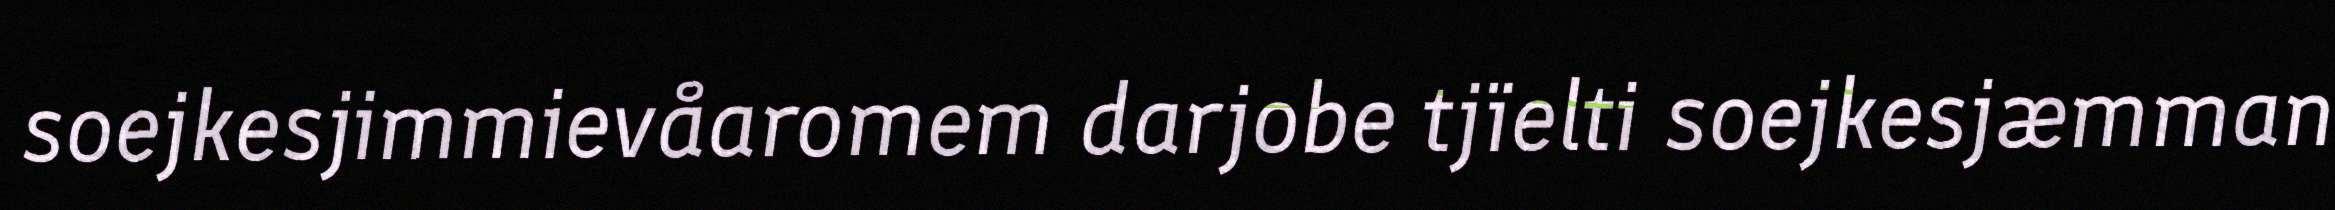
soejkesjimmievåaromem darjobe tjïelti soejkesjæmman